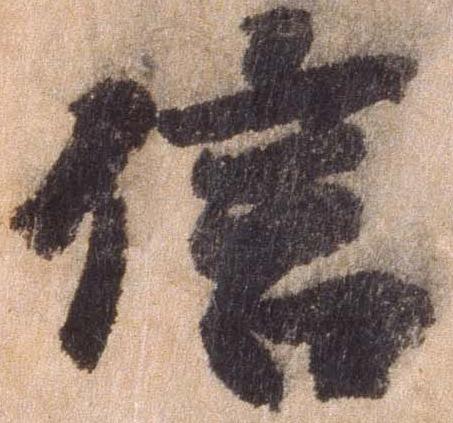
信